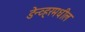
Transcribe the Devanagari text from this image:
डेन्व्हरमधील